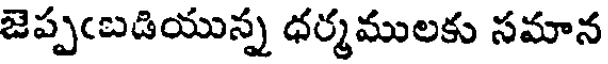
జెప్పఁబడియున్న ధర్మములకు సమాన